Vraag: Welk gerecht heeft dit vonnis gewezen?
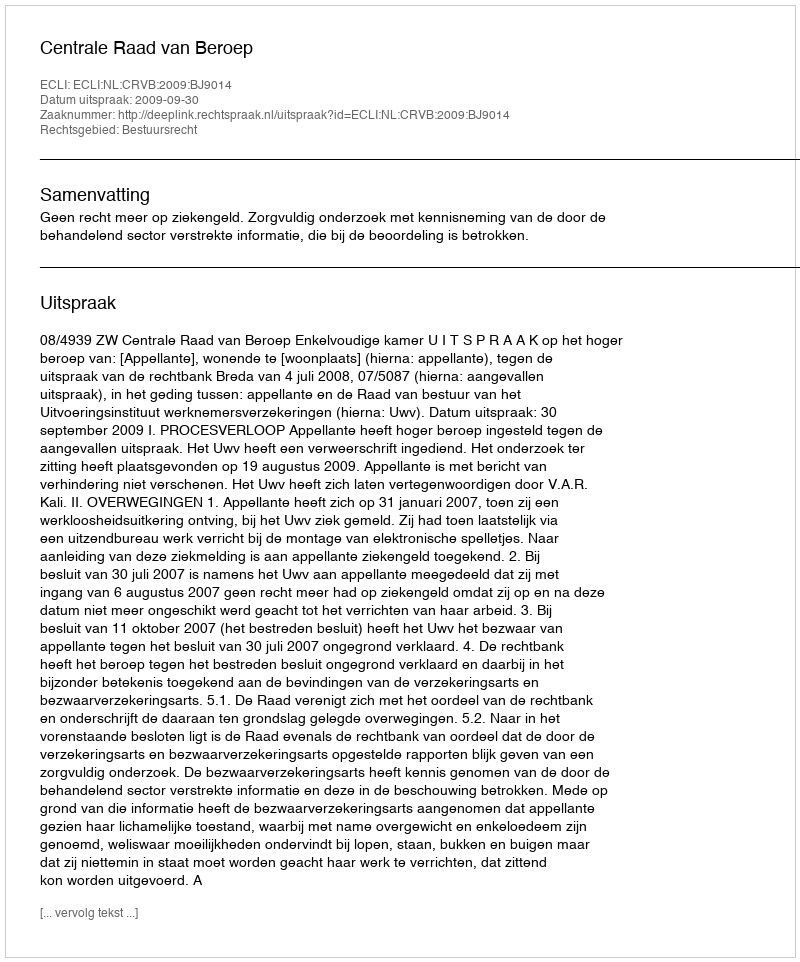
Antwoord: Centrale Raad van Beroep